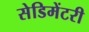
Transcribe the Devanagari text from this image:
सेडिमेंटरी